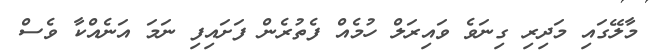
މާލޭގައި މަދިރި ގިނަވެ ވައިރަލް ހުމެއް ފެތުރެން ފަށައިފި ނަމަ އަނެއްކާ ވެސް